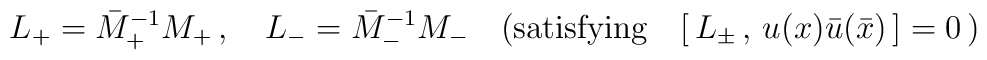
L_+={\bar M}^{-1}_+M_+\,,\quad L_-={\bar M}_-^{-1}M_-\quad ({\rm satisfying}\quad [\,L_\pm\,,\,u(x){\bar u}(\bar x )\,]=0\,)